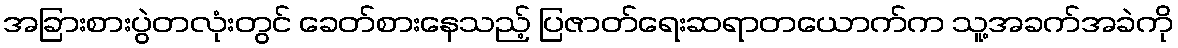
အခြားစားပွဲတလုံးတွင် ခေတ်စားနေသည့် ပြဇာတ်ရေးဆရာတယောက်က သူ့အခက်အခဲကို